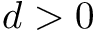
d > 0